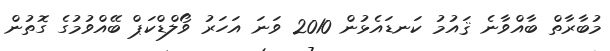
މުބާރާތް ބާއްވާނެ ޤައުމު ކަނޑައެޅުން 2010 ވަނަ އަހަރު ވޯލްޑްކަޕް ބޭއްވުމުގެ ގޮތުން